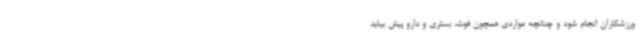
ورزشکاران انجام شود و چنانچه مواردی همچون فوت، بستری و دارو پیش بیاید